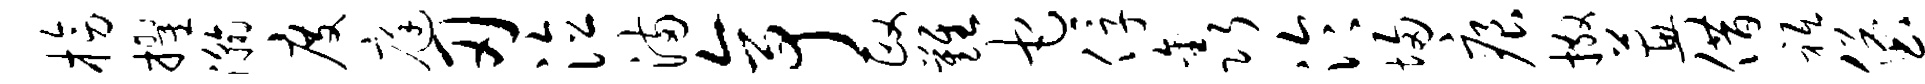
榜擢瀚度庭刃泣满亭政难它俘鑫泠埽痕撒蕙借祗堡